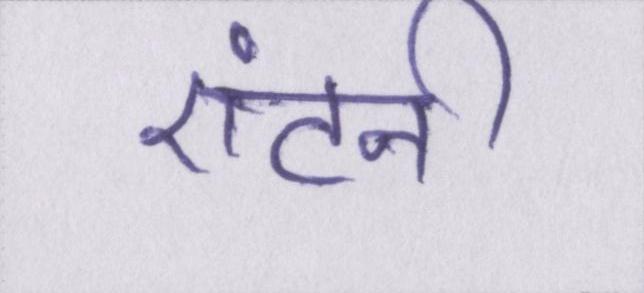
एंटनी